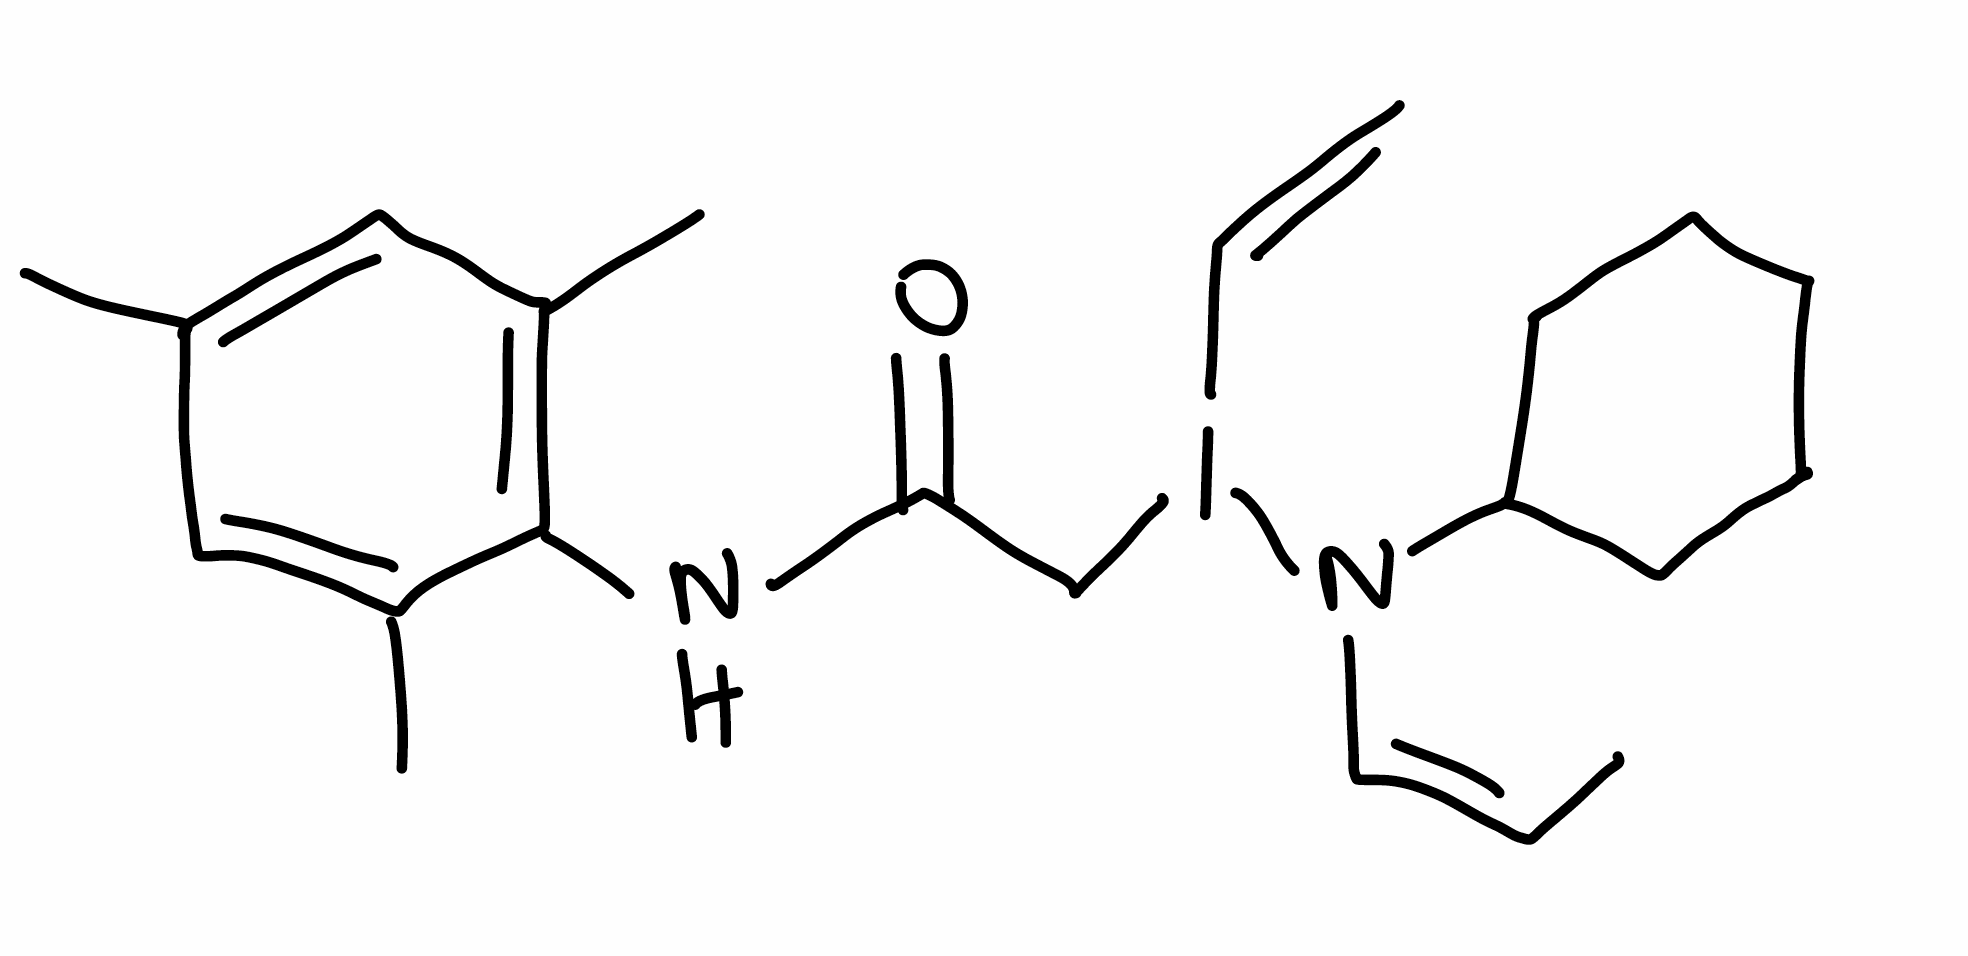
Simplified molecular-input line-entry system (SMILES) notation of the given molecule:
C/C=C\N(C1CCCCC1)I(CC(=O)NC2=C(C=C(C=C2C)C)C)C=C